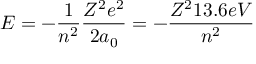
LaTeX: E = - { \frac { 1 } { n ^ { 2 } } } { \frac { Z ^ { 2 } e ^ { 2 } } { 2 a _ { 0 } } } = - { \frac { Z ^ { 2 } 1 3 . 6 e V } { n ^ { 2 } } }